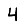
Digit: 4